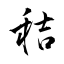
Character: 秸